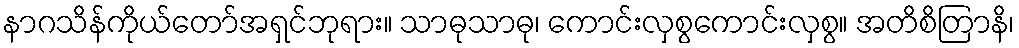
နာဂသိန်ကိုယ်တော်အရှင်ဘုရား။ သာဓုသာဓု၊ ကောင်းလှစွကောင်းလှစွ။ အတိစိတြာနိ၊